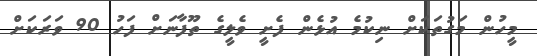
މީހުން މަގުތަކަށް ނިކުމެ އުޅެން ފެށީ ވެލީގެ ތޫފާނަށް ފަހު 90 ވަރަކަށް